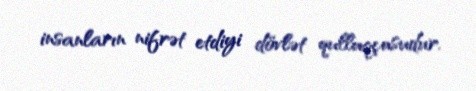
insanların nifrət etdiyi dövlət qulluqçusudur.